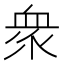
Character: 衆